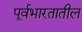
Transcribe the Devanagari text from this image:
पूर्वभारतातील